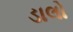
ડાલો